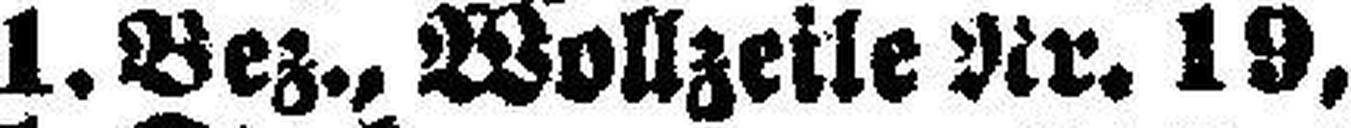
1. Bez., Wollzeile Nr. 19,